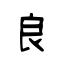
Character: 良